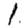
Digit: 1